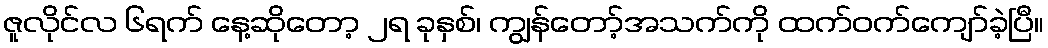
ဇူလိုင်လ ၆ရက် နေ့ဆိုတော့ ၂ရ ခုနှစ်၊ ကျွန်တော့်အသက်ကို ထက်ဝက်ကျော်ခဲ့ပြီ။